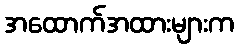
အထောက်အထားများက